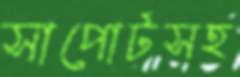
সাপোর্টসহ